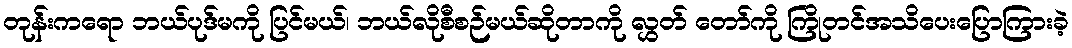
တုန်းကရော ဘယ်ပုဒ်မကို ပြင်မယ်၊ ဘယ်လိုစီစဉ်မယ်ဆိုတာကို လွှတ် တော်ကို ကြိုတင်အသိပေးပြောကြားခဲ့